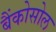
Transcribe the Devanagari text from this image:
बैंकोसोल